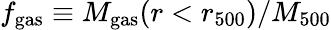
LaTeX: f_{\mathrm{gas}}\equiv M_{\mathrm{gas}}(r<r_{500})/M_{500}